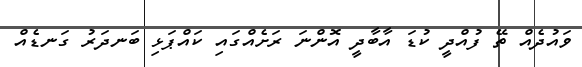
ވައުދެއް ތޭ ފުއްދީ ކުޑަ އާބާދީ އޮންނަ ރަށެއްގައި ކައްޕަޅި ބަނދަރު ގަނޑެއް